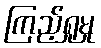
ကြည့်ရှုမှု